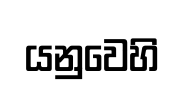
යනුවෙහි